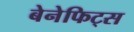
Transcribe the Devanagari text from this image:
बेनेफिट्स